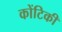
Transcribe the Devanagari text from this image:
कोंटिकी